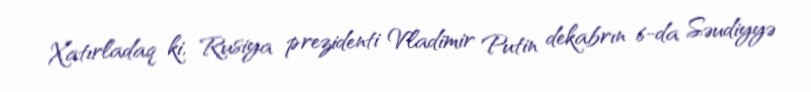
Xatırladaq ki, Rusiya prezidenti Vladimir Putin dekabrın 6-da Səudiyyə